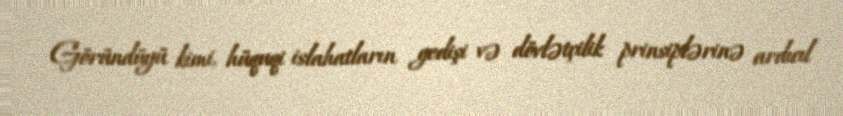
Göründüyü kimi, hüquqi islahatların gedişi və dövlətçilik prinsiplərinə ardıcıl